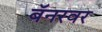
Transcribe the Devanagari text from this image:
बॅनरवर